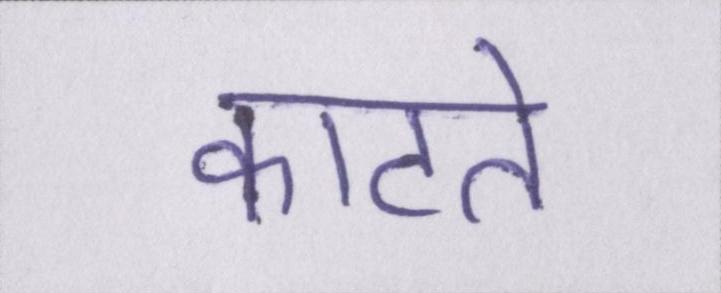
काटते